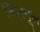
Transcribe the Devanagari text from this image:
निज़मूल